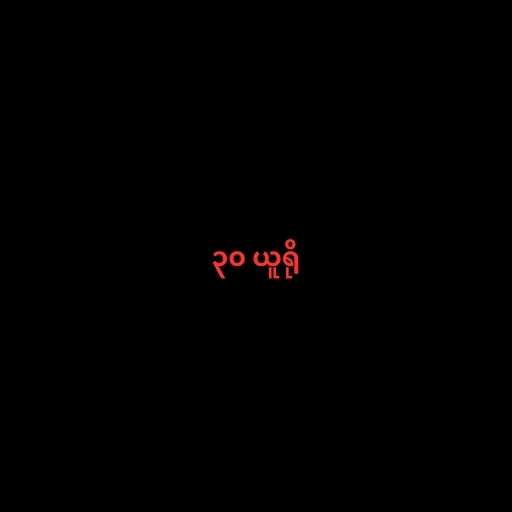
၃၀ ယူရို